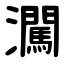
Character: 㶒